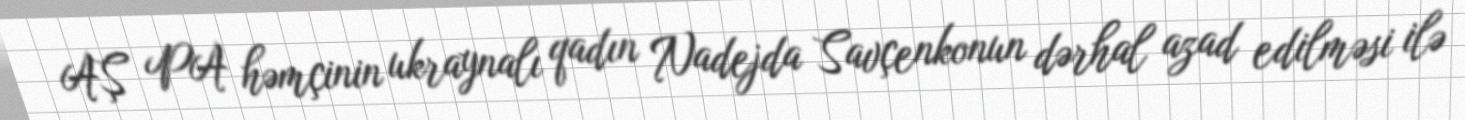
AŞ PA həmçinin ukraynalı qadın Nadejda Savçenkonun dərhal azad edilməsi ilə